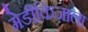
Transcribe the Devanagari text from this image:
मेडीकिजाला